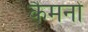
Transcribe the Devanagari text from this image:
कैमनों